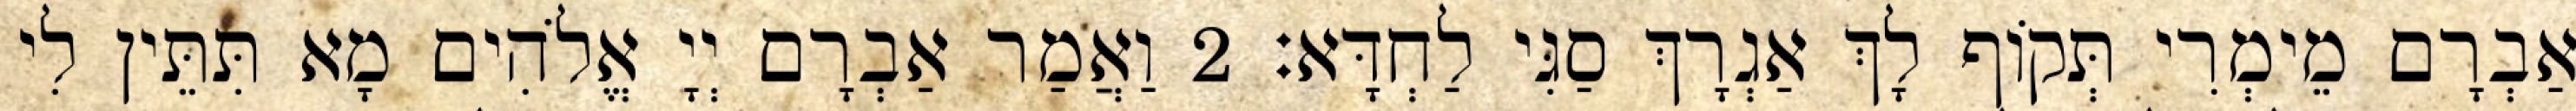
אַבְרָם מֵימְרִי תְּקוֹף לָךְ אַגְרָךְ סַגִּי לַחְדָּא׃ 2 וַאֲמַר אַבְרָם יְיָ אֱלֹהִים מָא תִּתֵּין לִי